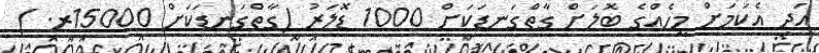
އަދި އެކަމަށް މީހެއްގެ ބޮލަށް ގާތްގަނޑަކަށް 1000 ޑޮލަރު (ގާތްގަނޑަކަށް 15000ރ. )